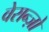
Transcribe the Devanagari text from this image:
वेरान्ज़ो